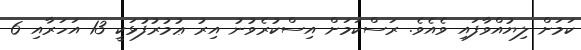
ކަމަށް ލިޔުއްވާފައި ވެއެވެ. ރަސްކަމަށް އިސްކުރެވުނު އިރު ޢުމުރުފުޅަކީ 13 އަހަރާއި 6